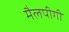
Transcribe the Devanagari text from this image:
मैलपीगी